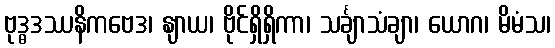
ဗုဒ္ဓဒဿနိကဗေဒ၊ နျာယ၊ ဗိုင်ရှိရှိကာ၊ သင်္ချာသံချာ၊ ယောဂ၊ မိမံသ၊